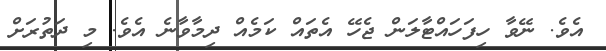
އެވެ. ނޭވާ ހިފަހައްޓާލަން ޖެހޭ އެތައް ކަމެއް ދިމާވާނެ އެވެ. މި ދަތުރަށް